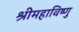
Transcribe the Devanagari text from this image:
श्रीमहाविष्णु